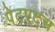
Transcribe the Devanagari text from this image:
पेटएट्स